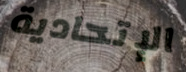
الإتحادية